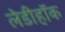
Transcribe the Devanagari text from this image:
लेडीहॉक